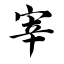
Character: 宰